Insane asylums in Bengal annual reports 1876-1887 - 1876-1887
Year: 1876
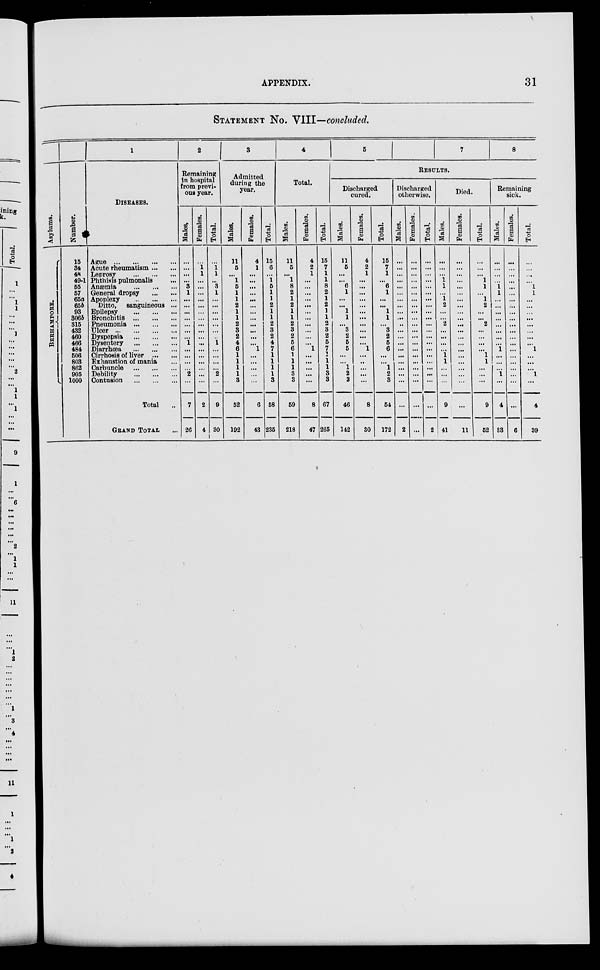
APPENDIX.
31
STATEMENT NO. VIII...-concluded.
Asylums.
BERHAMPORE.
Number.
15
34
48
49-1
55
57
65a
65b
93
306b
315
432
460
466
484
506
803
862
905
1000
1
DISEASES.
Ague
...
...
...
...
Acute rheumatism ... ...
Leprosy
...
...
...
Phthisis pulmonalis ...
Anæmia
...
...
...
General dropsy
...
...
Apoplexy
...
...
...
Ditto,
sanguineous ...
Epilepsy
...
...
...
Bronchitis
...
...
...
Pneumonia
...
...
...
Ulcer ... ... ... ...
Dyspepsia
...
...
...
Dysentery
...
...
...
Diarrhœa
...
...
...
Cirrhosis of liver
...
...
Exhaustion of mania ...
Carbuncle
...
...
...
Debility
...
...
...
Contusion
...
...
...
Total ...
GRAND TOTAL ...
2
Remaining
in hospital
from previ-
ous year.
Males.
...
...
...
...
3
1
...
...
...
...
...
...
...
1
...
...
...
...
2
...
7
26
Females.
...
1
1
...
...
...
...
...
...
...
...
...
...
...
...
...
...
...
...
...
2
4
Total.
...
1
1
...
3
1
...
...
...
...
...
...
...
1
...
...
...
...
2
...
9
30
3
Admitted
during the
year.
Males.
11
5
...
1
5
1
1
2
1
1
2
3
2
4
6
1
1
1
1
3
52
192
Females.
4
1
...
...
...
...
...
...
...
...
...
...
...
...
1
...
...
...
...
...
6
43
Total.
15
6
...
1
5
1
1
2
1
1
2
3
2
4
7
1
1
1
1
3
58
235
4
Total.
Males.
11
5
...
1
8
2
1
2
1
1
2
3
2
5
6
1
1
1
3
3
59
218
Females.
4
2
1
...
...
...
...
...
...
...
...
...
...
...
1
...
...
...
...
...
8
47
Total.
15
7
1
1
8
2
1
2
1
1
2
3
2
5
7
1
1 1
3
3
67
265
5
7
8
Results.
Discharged
cured.
Males.
11
5
...
...
6
1
...
...
1
1
...
3
2
5
5
...
...
1
2
3
46
142
Females.
4
2
1
...
...
...
...
...
...
...
...
...
...
...
1
...
...
...
...
...
8
30
Total.
15
7
1
...
6
1
...
...
1
1
...
3
2
5
6
...
...
1
2
3
54
172
Discharged
otherwise.
Males.
...
...
...
...
...
...
...
...
...
...
...
...
...
...
...
...
...
...
...
...
...
2
Females.
...
...
...
...
...
...
...
...
...
...
...
...
...
...
...
...
...
...
...
...
...
...
Total.
...
...
...
...
...
...
...
...
...
...
...
...
...
...
...
...
...
...
...
...
...
2
Died.
Males.
...
...
...
1
1
...
1
2
...
...
2
...
...
...
...
1
1
...
...
...
9
41
Females.
...
...
...
...
...
...
...
...
...
...
...
...
...
...
...
...
...
...
...
...
...
11
Total.
...
...
...
1
1
...
1
2
...
...
2
...
...
...
...
1
1
...
...
...
9
52
Remaining
sick.
Males.
...
...
...
...
1 1
...
...
...
...
...
...
...
...
1
...
...
...
1
...
4
33
Females.
...
...
...
...
...
...
...
...
...
...
...
...
...
...
...
...
...
...
...
...
...
6
Total.
...
...
...
...
1
1
...
...
...
...
...
...
...
...
1
...
...
...
1
...
4
39